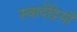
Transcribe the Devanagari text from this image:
स्वादेंद्रियाँ